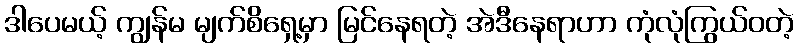
ဒါပေမယ့် ကျွန်မ မျက်စိရှေ့မှာ မြင်နေရတဲ့ အဲဒီနေရာဟာ ကုံလုံကြွယ်ဝတဲ့